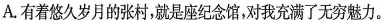
A.有着悠久岁月的张村，就是座纪念馆，对我充满了无穷魅力。